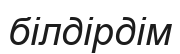
білдірдім